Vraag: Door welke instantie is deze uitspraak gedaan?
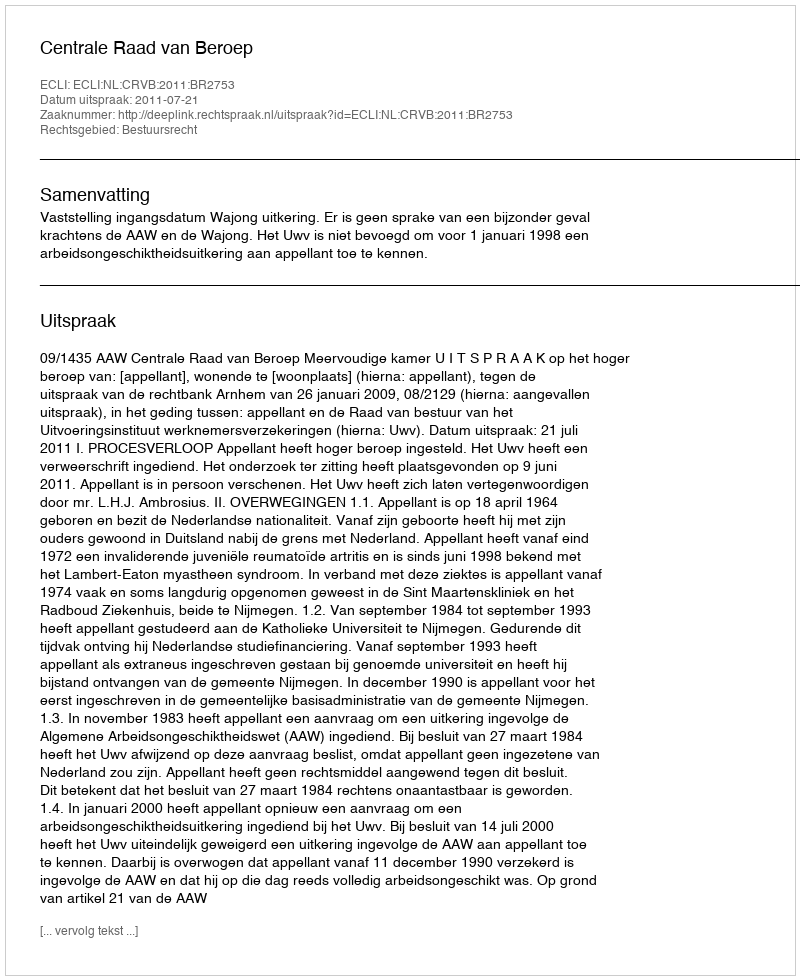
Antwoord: Centrale Raad van Beroep